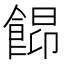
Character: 𩜟